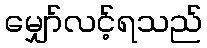
မျှော်လင့်ရသည်